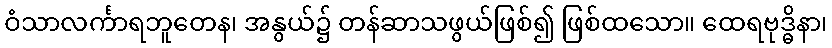
ဝံသာလင်္ကာရဘူတေန၊ အနွယ်၌ တန်ဆာသဖွယ်ဖြစ်၍ ဖြစ်ထသော။ ထေရဗုဒ္ဓိနာ၊